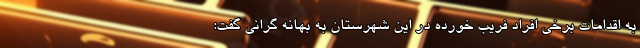
به اقدامات برخی افراد فریب خورده در این شهرستان به بهانه گرانی‌ گفت: